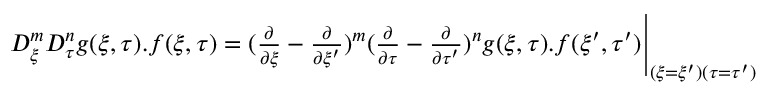
\begin{array} { r } { D _ { \xi } ^ { m } D _ { \tau } ^ { n } g ( \xi , \tau ) . f ( \xi , \tau ) = ( \frac { \partial } { \partial \xi } - \frac { \partial } { \partial \xi ^ { \prime } } ) ^ { m } ( \frac { \partial } { \partial \tau } - \frac { \partial } { \partial \tau ^ { \prime } } ) ^ { n } g ( \xi , \tau ) . f ( \xi ^ { \prime } , \tau ^ { \prime } ) \Bigg | _ { ( \xi = \xi ^ { \prime } ) ( \tau = \tau ^ { \prime } ) } } \end{array}